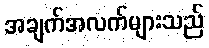
အချက်အလက်များသည်